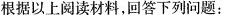
根据以上阅读材料，回答下列问题：